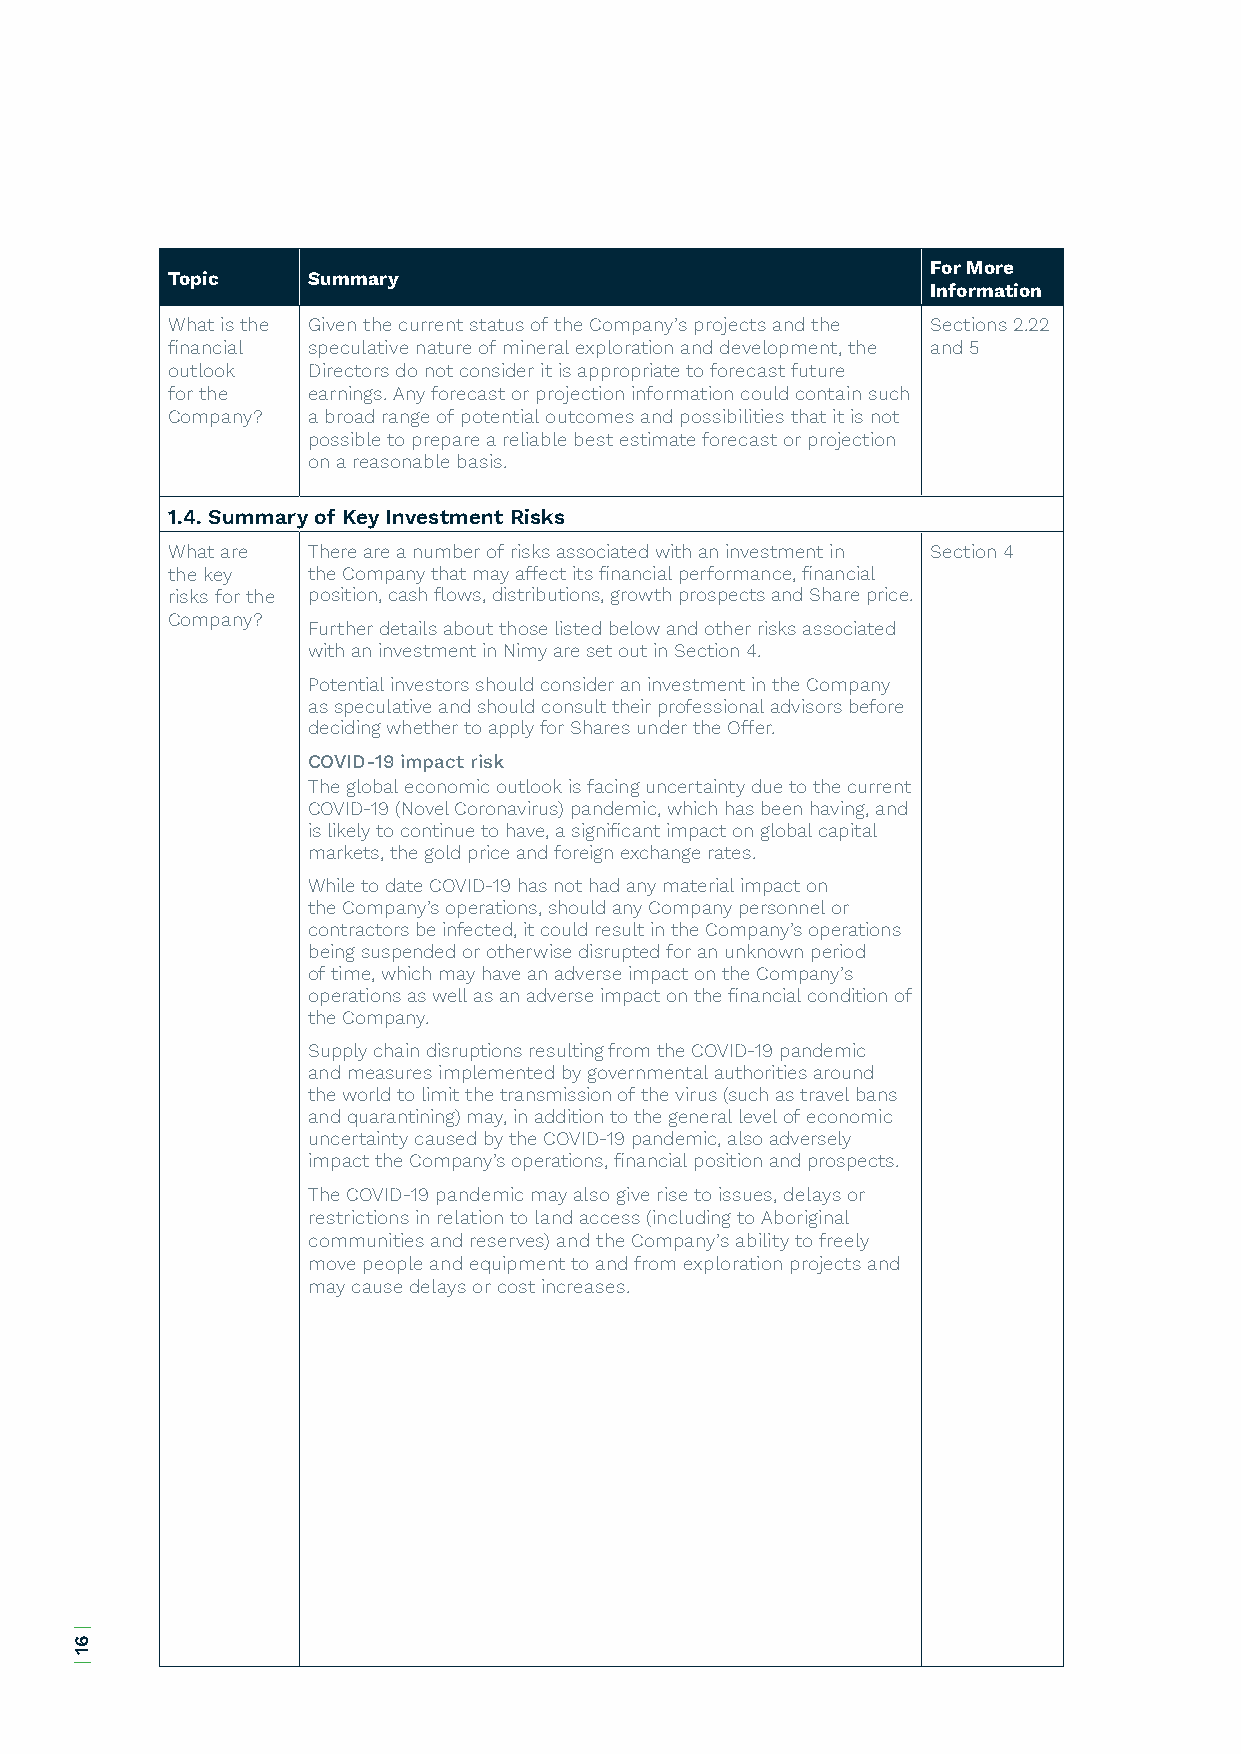
For More
 Topic    Summary
 Information
 What is the Given the current status of the Company’s projects and the Sections 2.22
 financial speculative nature of mineral exploration and development, the and 5
 outlook  Directors do not consider it is appropriate to forecast future
 for the  earnings. Any forecast or projection information could contain such
 Company? a broad range of potential outcomes and possibilities that it is not
 possible to prepare a reliable best estimate forecast or projection
 on a reasonable basis.
 1.4. Summary of Key Investment Risks
 What are There are a number of risks associated with an investment in Section 4
 the key  the Company that may affect its financial performance, financial
 risks for the position, cash flows, distributions, growth prospects and Share price.
 Company?
 Further details about those listed below and other risks associated
 with an investment in Nimy are set out in Section 4.
 Potential investors should consider an investment in the Company
 as speculative and should consult their professional advisors before
 deciding whether to apply for Shares under the Offer.
 COVID-19 impact risk
 The global economic outlook is facing uncertainty due to the current
 COVID-19 (Novel Coronavirus) pandemic, which has been having, and
 is likely to continue to have, a significant impact on global capital
 markets, the gold price and foreign exchange rates.
 While to date COVID-19 has not had any material impact on
 the Company’s operations, should any Company personnel or
 contractors be infected, it could result in the Company’s operations
 being suspended or otherwise disrupted for an unknown period
 of time, which may have an adverse impact on the Company’s
 operations as well as an adverse impact on the financial condition of
 the Company.
 Supply chain disruptions resulting from the COVID-19 pandemic
 and measures implemented by governmental authorities around
 the world to limit the transmission of the virus (such as travel bans
 and quarantining) may, in addition to the general level of economic
 uncertainty caused by the COVID-19 pandemic, also adversely
 impact the Company’s operations, financial position and prospects.
 The COVID-19 pandemic may also give rise to issues, delays or
 restrictions in relation to land access (including to Aboriginal
 communities and reserves) and the Company’s ability to freely
 move people and equipment to and from exploration projects and
 may cause delays or cost increases.
 |
 61
 |